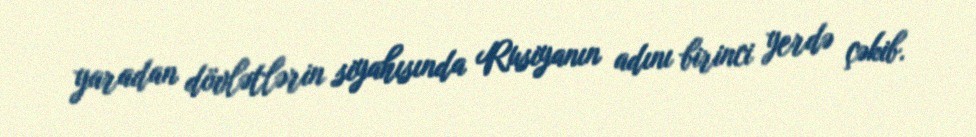
yaradan dövlətlərin siyahısında Rusiyanın adını birinci yerdə çəkib.